Cholera in India, 1862 to 1881
Year: 1862
Disease focus: Cholera
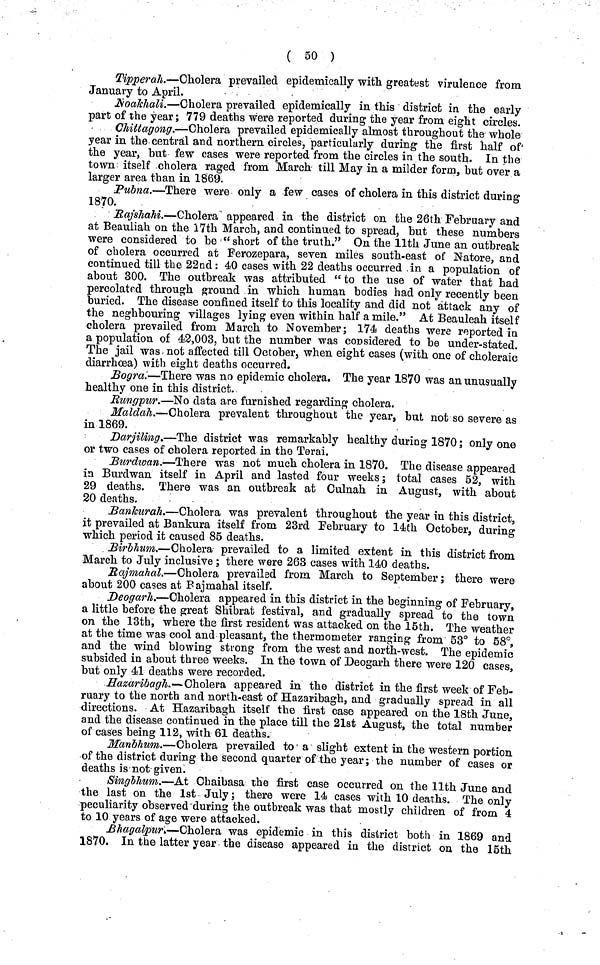
( 50 )
Tipperah.—Cholera prevailed epidemically with greatest virulence from
January to April.
Noakhali.—Cholera prevailed epidemically in this district in the early
part of the year; 779 deaths were reported during the year from eight circles.
Chittagong.—Cholera prevailed epidemically almost throughout the whole
year in the central and northern circles, particularly during the first half of
the year, but few cases were reported from the circles in the south. In the
town itself cholera raged from March till May in a milder form, but over a
larger area than in 1869.
Pubna.—There were only a few cases of cholera in this district during
1870.
Rajshahi.—Cholera appeared in the district on the 26th February and
at Beauliah on the 17th March, and continued to spread, but these numbers
were considered to be " short of the truth." On the 11th June an outbreak
of cholera occurred at Ferozepara, seven miles south-east of Natore, and
continued till the 22nd: 40 cases with 22 deaths occurred in a population of
about 300. The outbreak was attributed " to the use of water that had
percolated through ground in which human bodies had only recently been
buried. The disease confined itself to this locality and did not attack any of
the neghbouring villages lying even within half a mile." At Beauleah itself
cholera prevailed from March to November; 174 deaths were reported in
a population of 42,003, but the number was considered to be under-stated.
The jail was not affected till October, when eight cases (with one of choleraic
diarrhoea) with eight deaths occurred.
Bogra.—There was no epidemic cholera. The year 1870 was an unusually
healthy one in this district.
Rungpur.—No data are furnished regarding cholera.
Maldah.—Cholera prevalent throughout the year, but not so severe as
in 1869.
Darjiling.—The district was remarkably healthy during 1870; only one
or two cases of cholera reported in the Terai.
Burdwan.—There was not much cholera in 1870. The disease appeared
in Burdwan itself in April and lasted four weeks; total cases 52, with
29 deaths. There was an outbreak at Culnah in August, with about
20 deaths.
Bankurah.—Cholera was prevalent throughout the year in this district,
it prevailed at Bankura itself from 23rd February to 14th October, during
which period it caused 85 deaths.
Birbhum.—Cholera prevailed to a limited extent in this district from
March to July inclusive ; there were 263 cases with 140 deaths.
Rajmahal.—Cholera prevailed from March to September; there were
about 200 cases at Rajmahal itself.
Deogarh.—Cholera appeared in this district in the beginning of February,
a little before the great Shibrat festival, and gradually spread to the town
on the 13th, where the first resident was attacked on the 15th. The weather
at the time was cool and pleasant, the thermometer ranging from 53° to 58°,
and the wind blowing strong from the west and north-west. The epidemic
subsided in about three weeks. In the town of Deogarh there were 120 cases,
but only 41 deaths were recorded.
Hazaribagh.—Cholera appeared in the district in the first week of Feb-
ruary to the north and north-east of Hazaribagh, and gradually spread in all
directions. At Hazaribagh itself the first case appeared on the 18th June,
and the disease continued in the place till the 21st August, the total number
of cases being 112, with 61 deaths.
Manbhum.—Cholera prevailed to a slight extent in the western portion
of the district during the second quarter of the year; the number of cases or
deaths is not given.
Singbhum.—At Chaibasa the first case occurred on the 11th June and
the last on the 1st July; there were 14 cases with 10 deaths. The only
peculiarity observed during the outbreak was that mostly children of from 4
to 10 years of age were attacked.
Bhagalpur.—Cholera was epidemic in this district both in 1869 and
1870. In the latter year the disease appeared in the district on the 15th